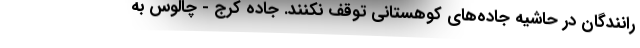
رانندگان در حاشیه جاده‌های کوهستانی توقف نکنند. جاده کرج - چالوس به